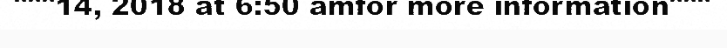
"""14, 2018 at 6:50 amfor more information"""